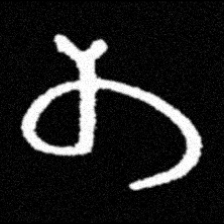
Pyu character \u2014 Myanmar letter: တ (romanized: ta)